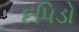
દપિડો